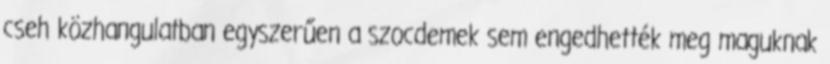
cseh közhangulatban egyszerűen a szocdemek sem engedhették meg maguknak